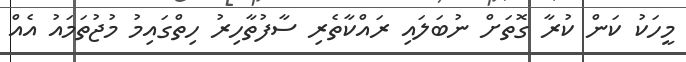
މީހަކު ކަން ކުރާ ގޮތަށް ނުބަލައި ރައްކާތެރި ސާފުތާހިރު ހިތްގައިމު މުޖުތަމައު އެއް